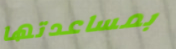
بمساعدتها